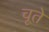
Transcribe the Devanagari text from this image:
चूते